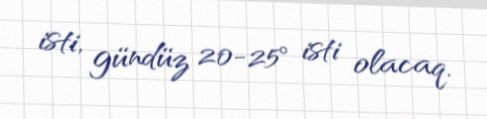
isti, gündüz 20-25° isti olacaq.